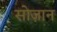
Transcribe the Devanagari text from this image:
सोज़ान